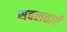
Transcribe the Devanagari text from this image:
सबलताएँ